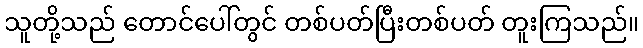
သူတို့သည် တောင်ပေါ်တွင် တစ်ပတ်ပြီးတစ်ပတ် တူးကြသည်။